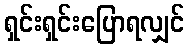
ရှင်းရှင်းပြောရလျှင်